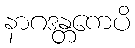
နာဂဒန္တကေပိ